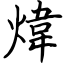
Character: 煒